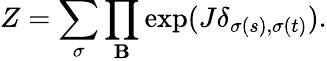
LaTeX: Z=\sum_{\sigma}\prod_{\mathbf{B}}\exp(J\delta_{\sigma(s),\sigma(t)}).